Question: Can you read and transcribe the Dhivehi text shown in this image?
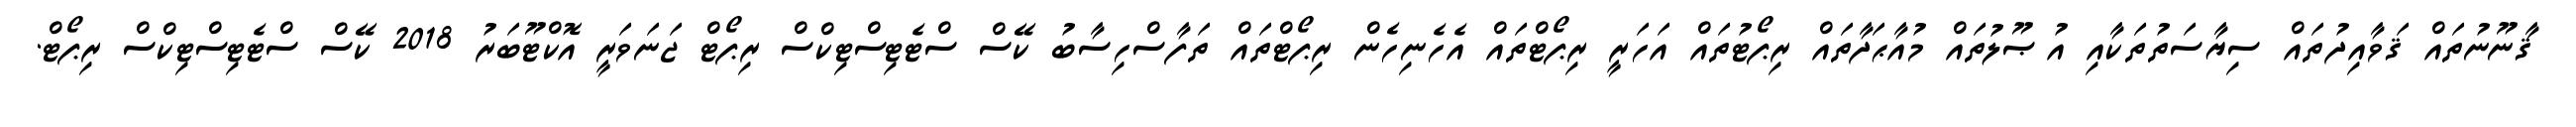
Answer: ޤާނޫނުތައް ޤަވާއިދުތައް ސިޔާސަތުތަކާއި އުޞޫލުތައް މުއާޙަދާތައް ރިޕޯޓުތައް އަހަރީ ރިޕޯޓްތައް އެހެނިހެން ރިޕޯޓްތައް ތަފާސްހިސާބު ކޭސް ސްޓެޓިސްޓިކްސް ރިޕޯޓް ޖަނަވަރީ އޮކްޓޫބަރު 2018 ކޭސް ސްޓެޓިސްޓިކްސް ރިޕޯޓް.